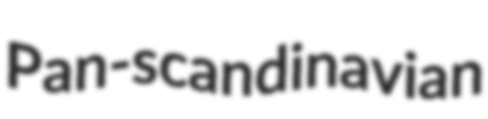
Pan-scandinavian